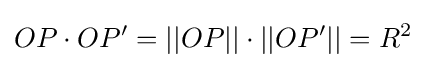
OP\cdot OP^{\prime }=||OP||\cdot ||OP^{\prime }||=R^{2}